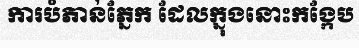
ការបំភាន់ភ្នែក ដែលក្នុងនោះកង្កែប